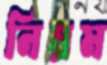
নিয়ম